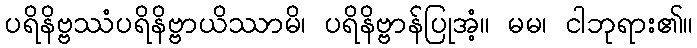
ပရိနိဗ္ဗဿံပရိနိဗ္ဗာယိဿာမိ၊ ပရိနိဗ္ဗာန်ပြုအံ့။ မမ၊ ငါဘုရား၏။